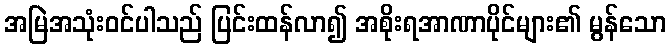
အမြဲအသုံးဝင်ပါသည် ပြင်းထန်လာ၍ အစိုးရအာဏာပိုင်များ၏ မွန်သော